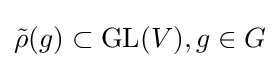
{\tilde {\rho }}(g)\subset \mathrm {GL} (V),g\in G